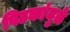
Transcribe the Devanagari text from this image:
पिटकांमुळे